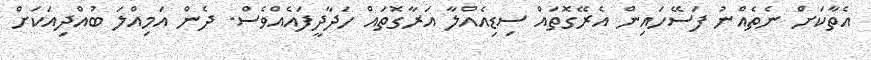
އެތާކަށް ނެތެއްނު ފަސޭހައިން އެރޭގޮތައް ސިޑިއެއްލާ އަރާގޮތައް ހަދާދީފައެއްވެސް. ދެން އަމިއްލަ ބުއްދިއަކަށް